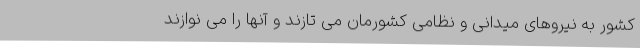
کشور به نیروهای میدانی و نظامی کشورمان می تازند و آنها را می نوازند